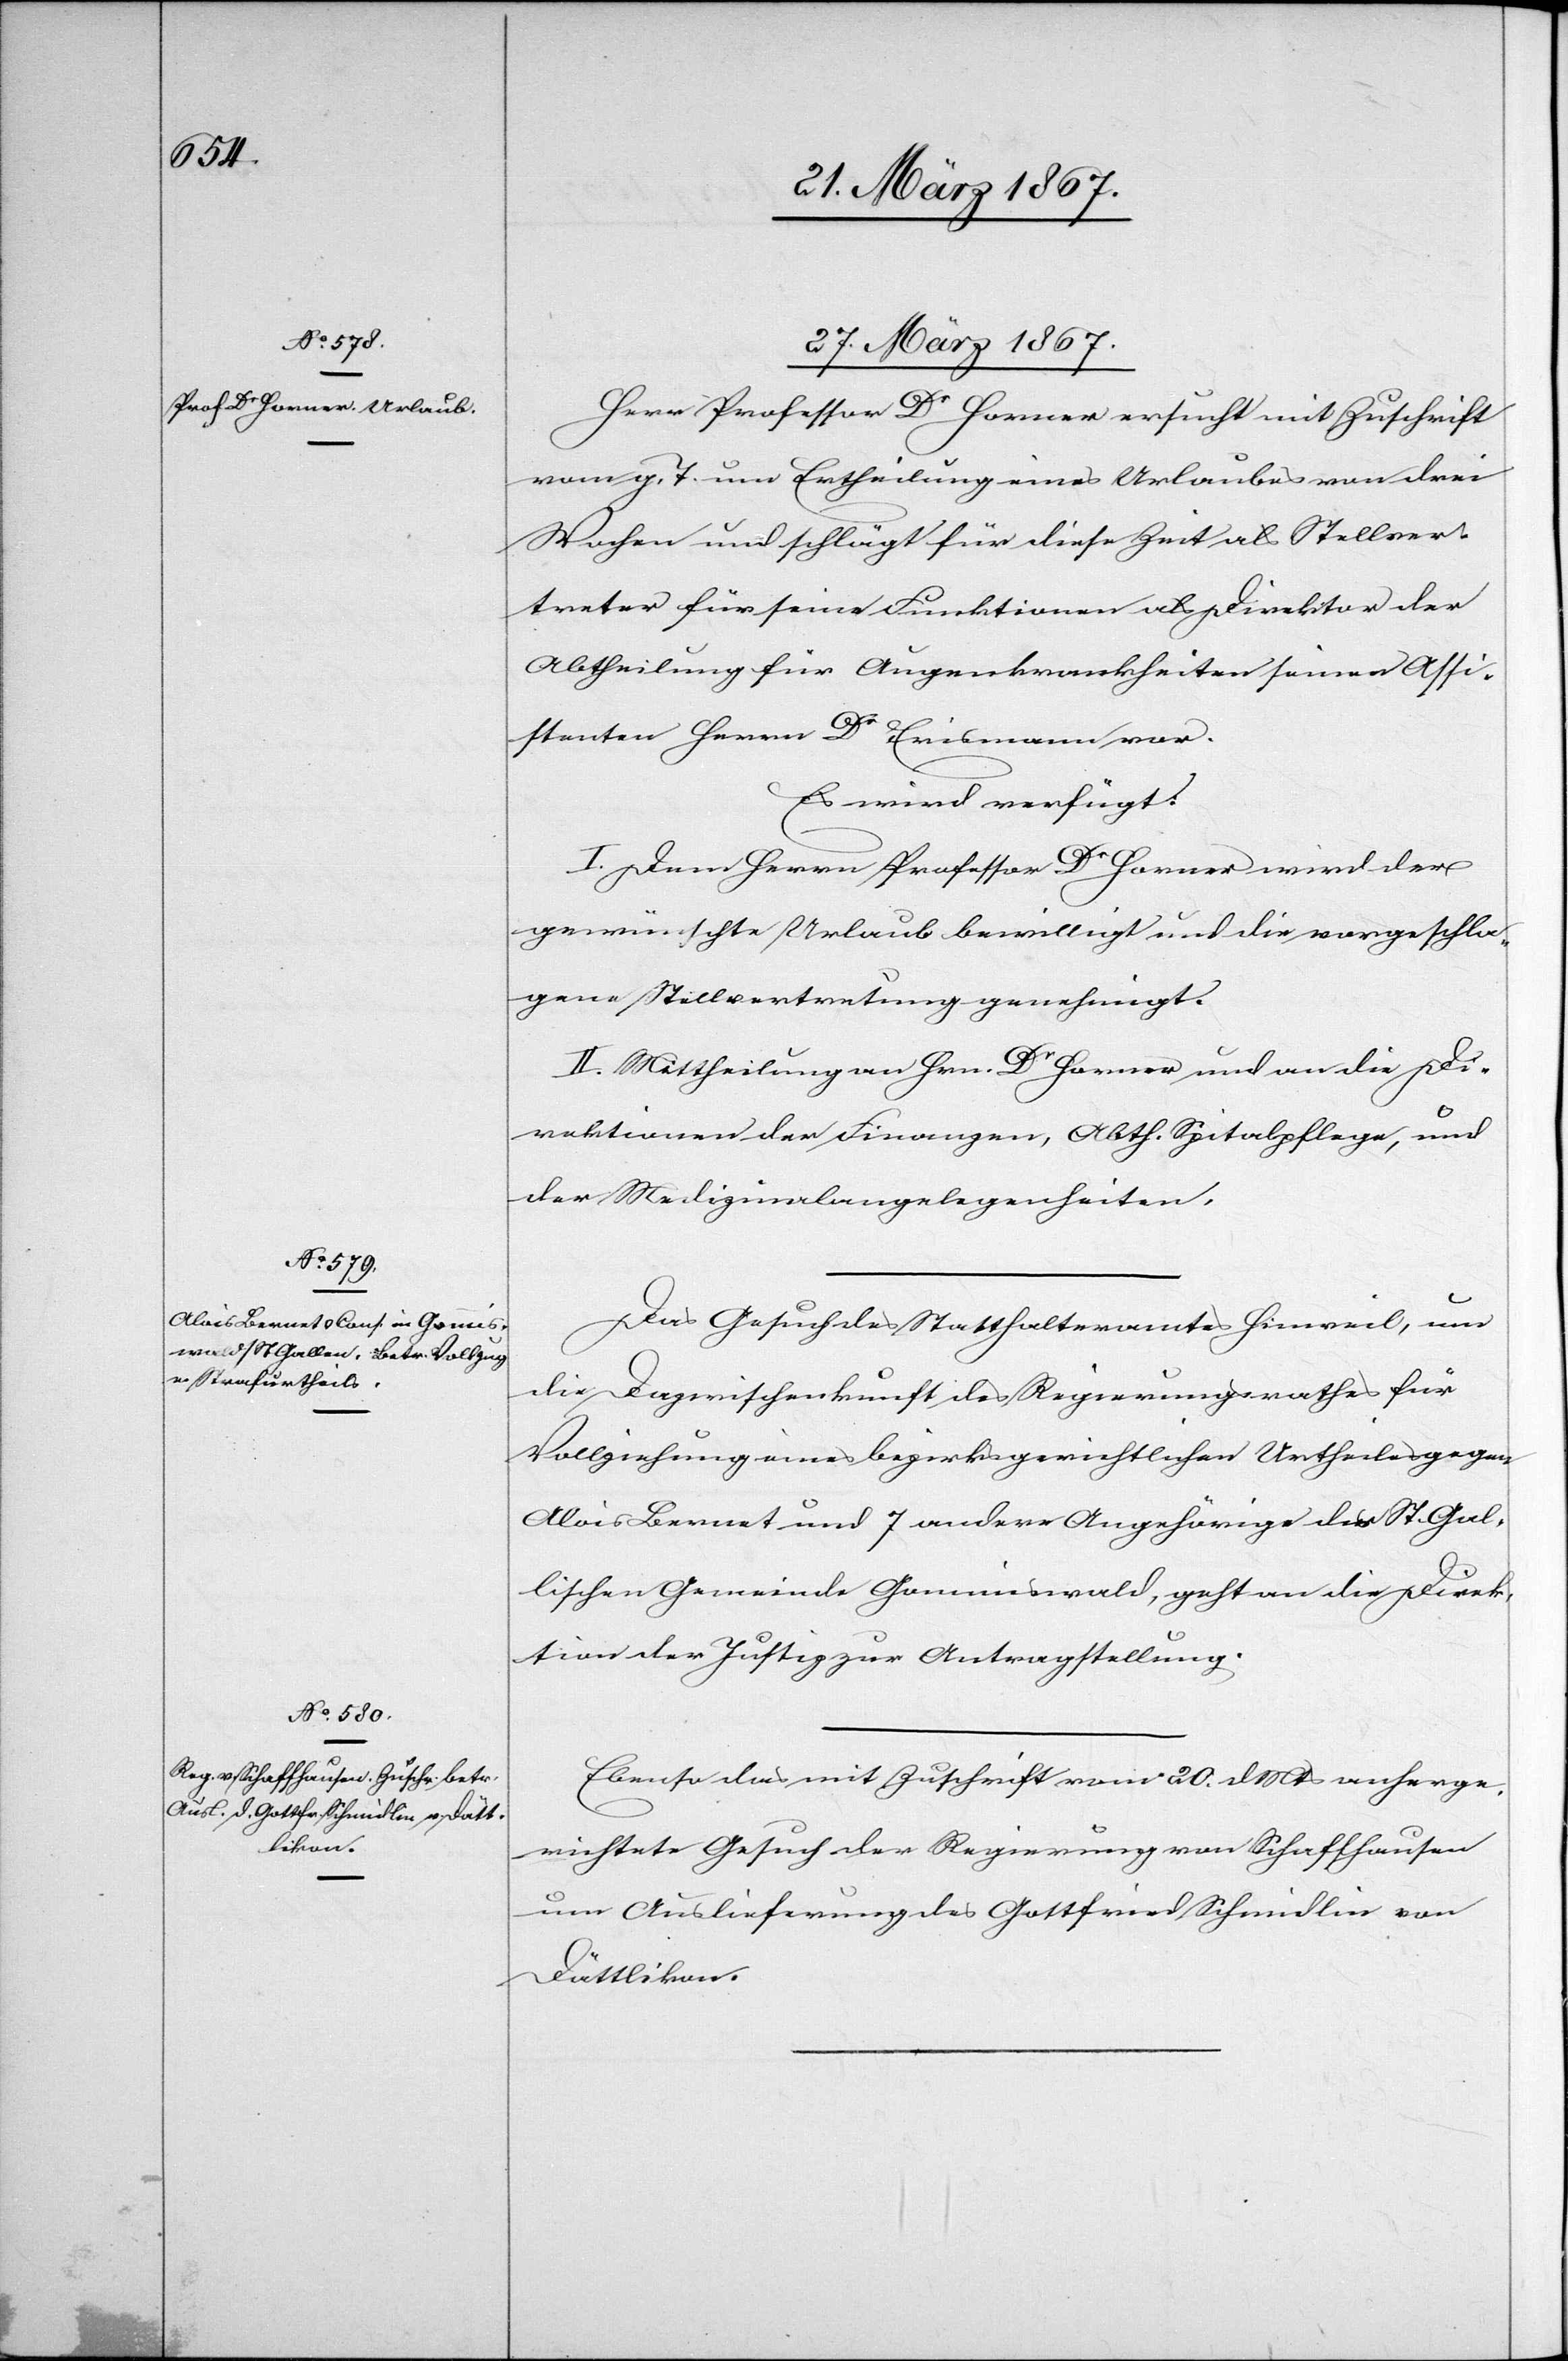
27. März 1867.]
Herr Professor Dr Horner ersucht mit Zuschrift
vom g. T. um Ertheilung eines Urlaubes von drei
Wochen und schlägt für diese Zeit als Stellver¬
treter für seine Funktionen als Direktor der
Abtheilung für Augenkrankheiten seinen Assi¬
stenten Herrn Dr Erismann vor.
Es wird verfügt:
I. Dem Herrn Professor Dr Horner wird der
gewünschte Urlaub bewilligt und die vorgeschla¬
gene Stellvertretung genehmigt.
II. Mittheilung an Hrn. Dr Horner und an die Di¬
rektionen der Finanzen, Abth. Spitalpflege, und
der Medizinalangelegenheiten.
Das Gesuch des Statthalteramtes Hinweil, um
die Dazwischenkunft des Regierungsrathes für
Vollziehung eines bezirksgerichtlichen Urtheils gegen
Alois Bernet und 7 andere Angehörige der St. Gal¬
lischen Gemeinde Gommiswald, geht an die Direk¬
tion der Justiz zur Antragstellung.
Ebenso das mit Zuschrift vom 20. d. Mts anherge¬
richtete Gesuch der Regierung von Schaffhausen
um Auslieferung des Gottfried Schmidlin von
Dättlikon.